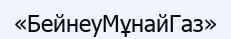
«БейнеуМұнайГаз»